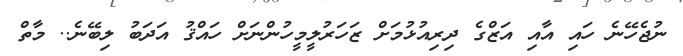
ނުޖެހޭނެ ހައި އާއި އަޒްގެ ދިރިއުޅުމަށް ޒަހަރުލީމީހުންނަށް ހައްޤު އަދަބު ލިބޭނެ.. މާތް